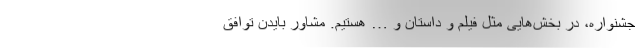
جشنواره، در بخش‌هایی مثل فیلم و داستان و … هستیم. مشاور بایدن توافق